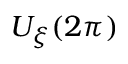
U _ { \xi } ( 2 \pi )